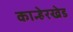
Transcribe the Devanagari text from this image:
कान्हेरखेड